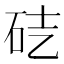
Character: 𥑄